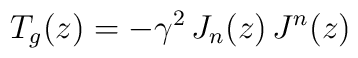
T_g (z)= -\gamma^2\, J_n(z)\,J^n(z)